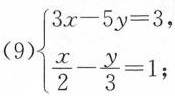
（9）$$\begin{cases}